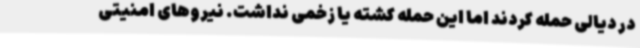
در دیالی حمله کردند اما این حمله کشته یا زخمی نداشت. نیروهای امنیتی